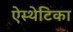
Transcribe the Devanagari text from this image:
ऐस्थेटिका